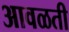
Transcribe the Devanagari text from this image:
आवळती